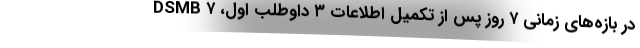
DSMB در بازه‌های زمانی ۷ روز پس از تکمیل اطلاعات ۳ داوطلب اول، ۷